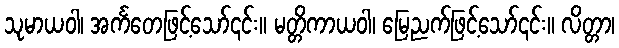
သုမာယဝါ၊ အင်္ကတေဖြင့်သော်၎င်း။ မတ္တိကာယဝါ၊ မြေညက်ဖြင့်သော်၎င်း။ လိတ္တာ၊